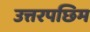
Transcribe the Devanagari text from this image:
उत्तरपछिम